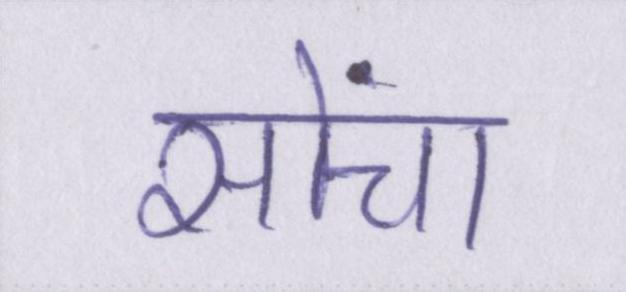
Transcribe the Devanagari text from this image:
सोंचा